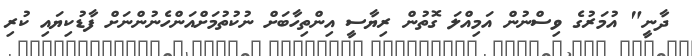
ދާނީ" އުމަރުގެ ވިސްނުން އަމިއްލަ ގޮތުން ރިޔާސީ އިންތިހާބަށް ނުކުތުމަށްއަންހެނުންނަށް ފާޑުކިޔައި ކުރި